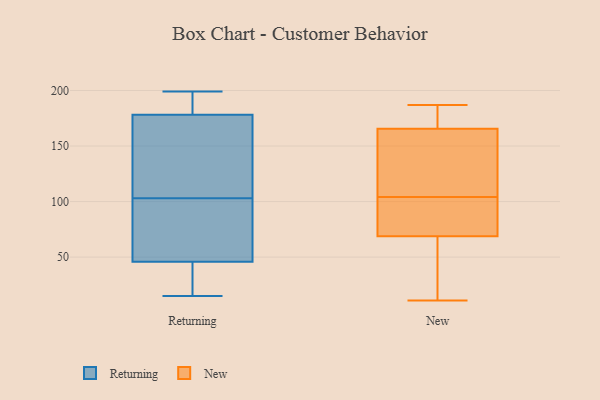
{"axis": {"x": "Satisfaction Score", "y": "Value"}, "legend": ["New", "Returning"], "data": [{"x": "", "y": 199, "type": "Returning"}, {"x": "", "y": 103, "type": "Returning"}, {"x": "", "y": 19, "type": "Returning"}, {"x": "", "y": 81, "type": "Returning"}, {"x": "", "y": 15, "type": "Returning"}, {"x": "", "y": 85, "type": "Returning"}, {"x": "", "y": 188, "type": "Returning"}, {"x": "", "y": 42, "type": "Returning"}, {"x": "", "y": 193, "type": "Returning"}, {"x": "", "y": 114, "type": "Returning"}, {"x": "", "y": 175, "type": "Returning"}, {"x": "", "y": 158, "type": "Returning"}, {"x": "", "y": 47, "type": "Returning"}, {"x": "", "y": 187, "type": "New"}, {"x": "", "y": 11, "type": "New"}, {"x": "", "y": 115, "type": "New"}, {"x": "", "y": 180, "type": "New"}, {"x": "", "y": 176, "type": "New"}, {"x": "", "y": 56, "type": "New"}, {"x": "", "y": 95, "type": "New"}, {"x": "", "y": 104, "type": "New"}, {"x": "", "y": 73, "type": "New"}, {"x": "", "y": 50, "type": "New"}, {"x": "", "y": 116, "type": "New"}, {"x": "", "y": 162, "type": "New"}, {"x": "", "y": 80, "type": "New"}]}